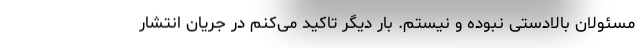
مسئولان بالادستی نبوده و نیستم. بار دیگر تاکید می‌کنم در جریان انتشار